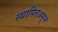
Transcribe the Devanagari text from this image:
स्थापितअसून